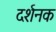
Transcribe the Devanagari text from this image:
दर्शनक